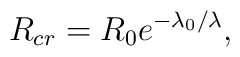
R_{cr} = R_0 e^{-\lambda_0/\lambda},